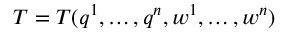
T = T ( q ^ { 1 } , \ldots , q ^ { n } , w ^ { 1 } , \ldots , w ^ { n } )